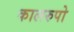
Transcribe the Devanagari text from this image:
कालरुपो